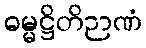
ဓမ္မဋ္ဌိတိဉာဏံ